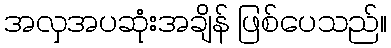
အလှအပဆုံးအချိန် ဖြစ်ပေသည်။